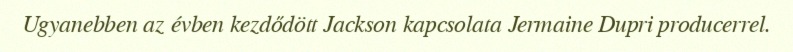
Ugyanebben az évben kezdődött Jackson kapcsolata Jermaine Dupri producerrel.